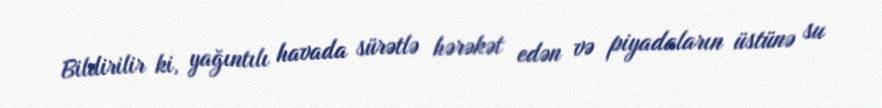
Bildirilir ki, yağıntılı havada sürətlə hərəkət edən və piyadaların üstünə su